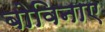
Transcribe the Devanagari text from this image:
बोविनाए